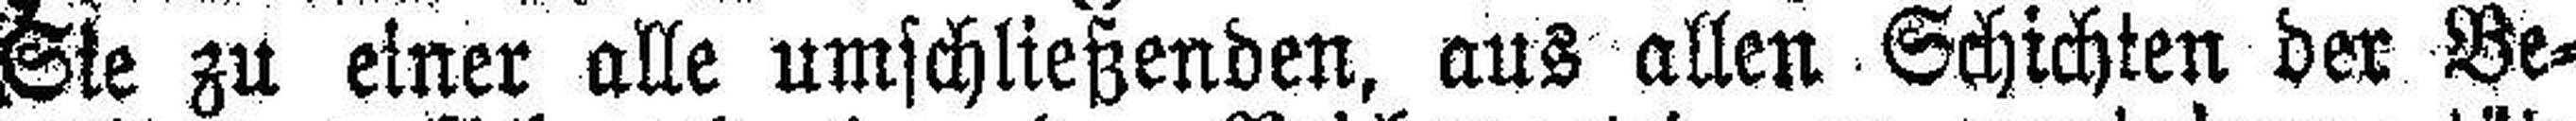
Sie zu einer alle umschließenden, aus allen Schichten der Be¬